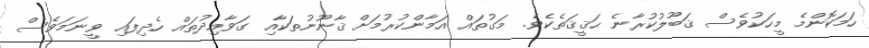
ހަމަކޮންމެ މީހަކުވެސް ޤަބޫލުކުރާނެ ޙަޤީޤަތެކެވެ. މަގުތައް އަމާންކުރުމަށް ޤާނޫނުތަކާއި ގަވާއިދުތައް ހެދިފައި ވީނަމަވެސް